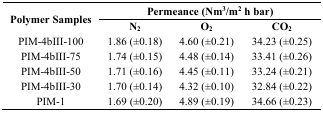
| <ROWSPAN=2> Polymer Samples | <COLSPAN=3> Permeance (Nm3/m2 h bar) |
 | N2 | O2 | CO2 |
 | --- | --- | --- | --- |
 | PIM-4bIII-100 | 1.86 (±0.18) | 4.60 (±0.21) | 34.23 (±0.25) |
 | PIM-4bIII-75 | 1.74 (±0.15) | 4.48 (±0.14) | 33.41 (±0.26) |
 | PIM-4bIII-50 | 1.71 (±0.16) | 4.45 (±0.11) | 33.24 (±0.21) |
 | PIM-4bIII-30 | 1.70 (±0.14) | 4.32 (±0.10) | 32.84 (±0.22) |
 | PIM-1 | 1.69 (±0.20) | 4.89 (±0.19) | 34.66 (±0.23) |